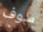
سوف